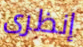
إنظرى